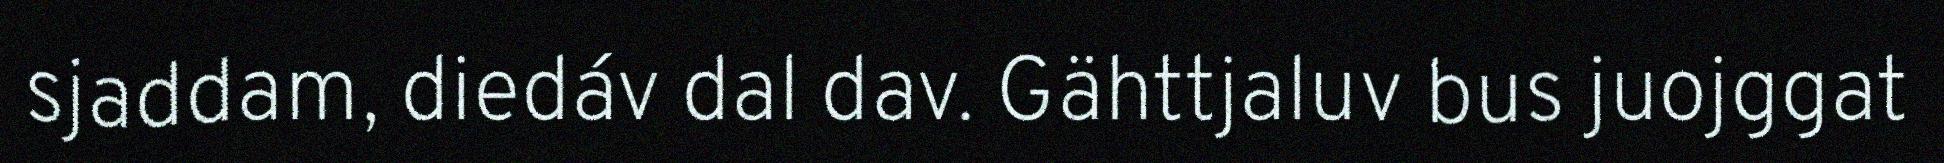
sjaddam, diedáv dal dav. Gähttjaluv bus juojggat